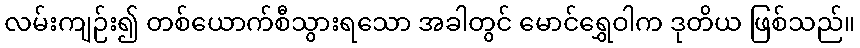
လမ်းကျဉ်း၍ တစ်ယောက်စီသွားရသော အခါတွင် မောင်ရွှေဝါက ဒုတိယ ဖြစ်သည်။